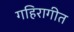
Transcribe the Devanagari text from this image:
गहिरागीत